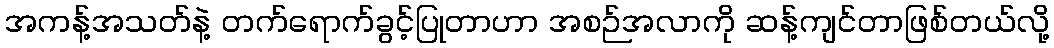
အကန့်အသတ်နဲ့ တက်ရောက်ခွင့်ပြုတာဟာ အစဉ်အလာကို ဆန့်ကျင်တာဖြစ်တယ်လို့